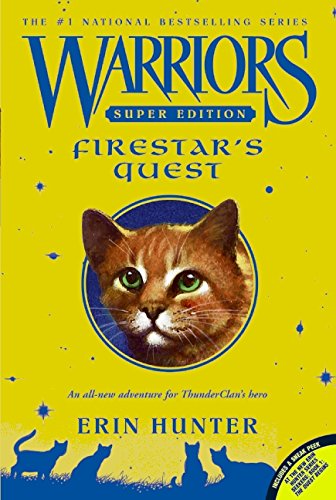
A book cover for Firestar's Quest (Warriors Super Edition); Erin Hunter; Children's Books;